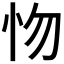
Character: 𢗘